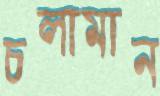
চলামান